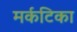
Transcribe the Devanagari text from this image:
मर्कटिका